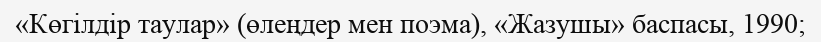
«Көгілдір таулар» (өлеңдер мен поэма), «Жазушы» баспасы, 1990;